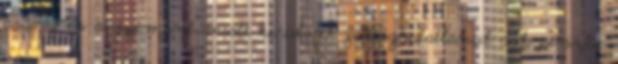
arany és a gyémánt miatt kerülnek felfoghatatlanul sok pénzbe